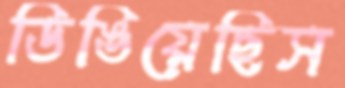
ডিঙিয়েছিস